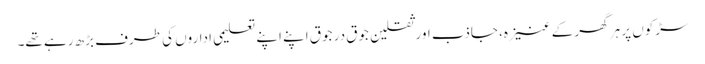
سڑکوں پر ہر گھر کے عنیزہ، جاذب اور ثقلین جوق در جوق اپنے اپنے تعلیمی اداروں کی طرف بڑھ رہے تھے۔